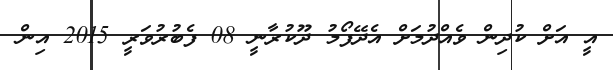
އީ އަށް ކުދިން ވެއްދުމަށް އެދޭފޯމު ދޫކުރާނީ 08 ފެބުރުވަރީ 2015 އިން